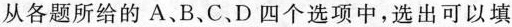
从各题所给的 A、B、C、D 四个选项中，选出可以填